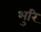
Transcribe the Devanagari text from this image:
भुरि